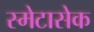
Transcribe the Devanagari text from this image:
स्मेटासेक